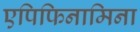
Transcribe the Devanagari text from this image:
एपिफिनामिना